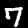
Digit: 7